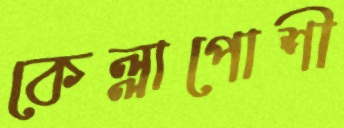
কেল্লাপোশী